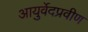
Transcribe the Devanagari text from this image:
आयुर्वेदप्रवीण